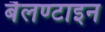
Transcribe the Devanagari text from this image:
बैलण्टाइन